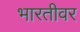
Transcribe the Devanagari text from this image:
भारतीवर